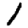
Digit: 1